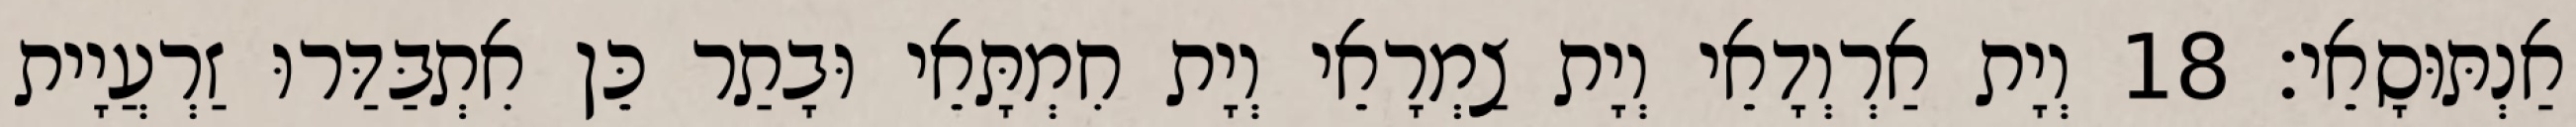
אַנְתּוּסָאֵי׃ 18 וְיָת אַרְוְדָאֵי וְיָת צַמְרָאֵי וְיָת חִמְתָּאֵי וּבָתַר כֵּן אִתְבַּדַּרוּ זַרְעֲיָית